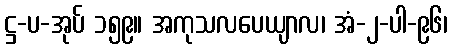
ဋ္ဌ-ပ-အုပ် ၁၅၉။ အကုသလပေယျာလ၊ အံ-၂-ပါ-၉၆၊